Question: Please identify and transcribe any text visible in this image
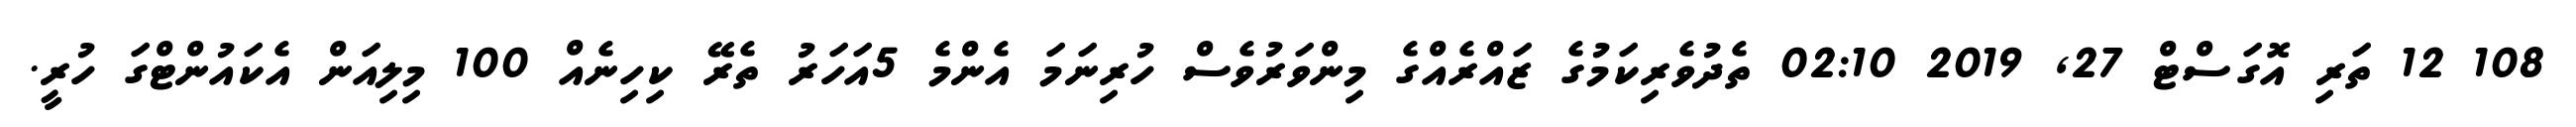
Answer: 108 12 ތަރި އޮގަސްޓް 27, 2019 02:10 ތެދުވެރިކަމުގެ ޒައްރެއްގެ މިންވަރުވެސް ހުރިނަމަ އެންމެ 5އަހަރު ތެރޭ ކިހިނެއް 100 މިލިއަން އެކައުންޓްގަ ހުރީ.